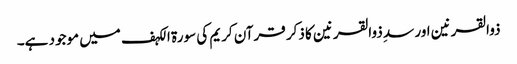
ذوالقرنین اور سدِ ذوالقرنین کا ذکر قرآن کریم کی سورة الکہف میں موجود ہے۔